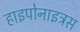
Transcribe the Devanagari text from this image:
हाइपोनाइट्रस